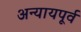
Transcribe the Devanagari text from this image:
अन्यायपूर्व